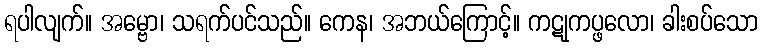
ရပါလျက်။ အမ္ဗော၊ သရက်ပင်သည်။ ကေန၊ အဘယ်ကြောင့်။ ကဋုကပ္ဖလော၊ ခါးစပ်သော